Vaccination returns of the Province of Eastern Bengal and Assam - 1905-1912
Year: 1905
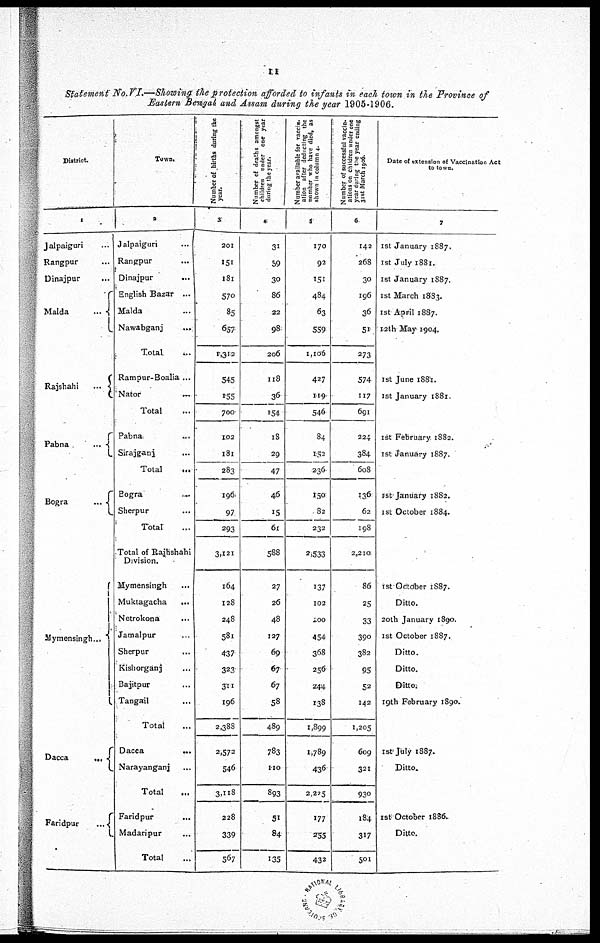
11
Statement No.VI.—Showing the protection afforded to infants in each town in the Province of
Eastern Bengal and Assam during the year 1905-1906.
District.
1
Jalpaiguri ...
Rangpur ...
Dinajpur ...
Malda
...
Rajshahi
...
Pabna
...
Bogra
...
Mymensingh...
Dacca
...
Faridpur
...
Town.
2
Jalpaiguri ...
Rangpur ...
Dinajpur ...
English Bazar ...
Malda ...
Nawabganj
...
Total ...
Rampur-Boalia ...
Nator
...
Total ...
Pabna
...
Sirajganj ...
Total
...
Bogra
...
Sherpur ...
Total ...
Total of Rajhshahi
Division.
Mymensingh ...
Muktagacha
...
Netrokona ...
Jamalpur ...
Sherpur
...
Kishorganj
...
Bajitpur ...
Tangail ...
Total
Dacca
...
Narayanganj ...
Total ...
Faridpur
...
Madaripur ...
Total ...
Number of births during the
year.
3
201
151
l8l
570
85
657
1,312
545
155
700
102
181
283
196
97
293
3,121
164
128
248
581
437
323
311
196
2,388
2,572
546
3,118
228
339
567
Number of deaths amongst
children under one year
during the year.
4
31
59
30
86
22
98
206
118
36
154
18
29
47
46
15
61
588
27
26
48
127
69
67
67
58
489
783
110
893
51
84
135
Number available for vaccin¬
ation after deducting the
number who hare died, as
shown in column 4.
5
170
92
151
484
63
559
1,106
427
119
546
84
152
236
150
82
232
2,533
137
102
200
454
368
256
244
138
1,899
1,789
436
2,225
177
255
432
Number of successful vaccin¬
ation. on children under one
year during the year ending
31st March 1906.
6
142
268
30
196
36
51
273
574
117
691
224
384
608
136
62
198
2,210
86
25
33
390
382
95
52
142
1,205
609
321
930
184
317
501
Date of extension of Vaccination Act
to town.
7
1st January 1887.
1st July 1881.
1st January 1887.
1st March 1883.
1st April 1887.
12th May 1904.
1st June 1881.
1st January 1881.
1st February 1882.
1st January 1887.
1st January 1882.
1st October 1884.
1st October 1887.
Ditto.
20th January 1890.
1st October 1887.
Ditto.
Ditto.
Ditto.
19th February 1890.
1st July 1887.
Ditto.
1st October 1886..
Ditto.